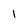
Character: 1